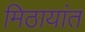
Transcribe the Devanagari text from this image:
मिठायांत